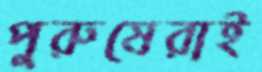
পুরুষেরাই